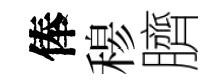
俸𥠇臍